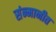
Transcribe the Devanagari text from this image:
संन्मानीत